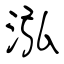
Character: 泓